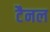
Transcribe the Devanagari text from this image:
टैनल